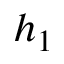
h _ { 1 }